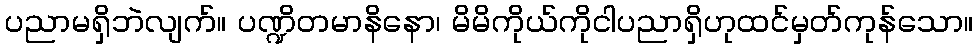
ပညာမရှိဘဲလျက်။ ပဏ္ဍိတမာနိနော၊ မိမိကိုယ်ကိုငါပညာရှိဟုထင်မှတ်ကုန်သော။